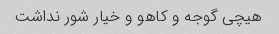
هیچی گوجه و کاهو و خیار شور نداشت